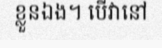
ខ្លួនឯង។ បើវានៅ